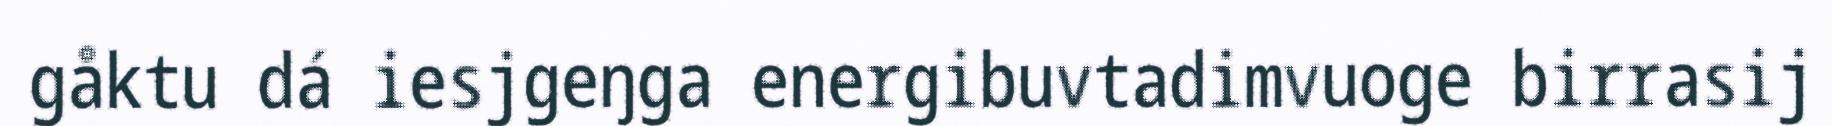
gåktu dá iesjgeŋga energibuvtadimvuoge birrasij